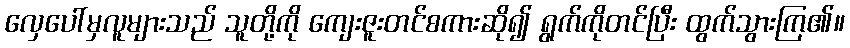
လှေပေါ်မှလူများသည် သူတို့ကို ကျေးဇူးတင်စကားဆို၍ ရွက်ကိုတင်ပြီး ထွက်သွားကြ၏။